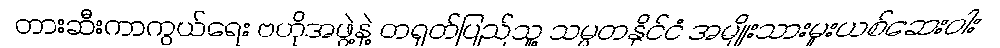
တားဆီးကာကွယ်ရေး ဗဟိုအဖွဲ့နဲ့ တရုတ်ပြည်သူ့ သမ္မတနိုင်ငံ အမျိုးသားမူးယစ်ဆေးဝါး